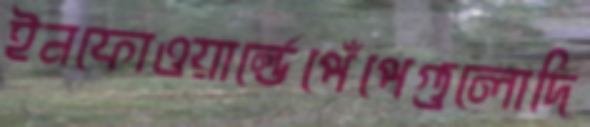
ইনফোওয়ার্ল্ডেপেঁপেগুলোদি